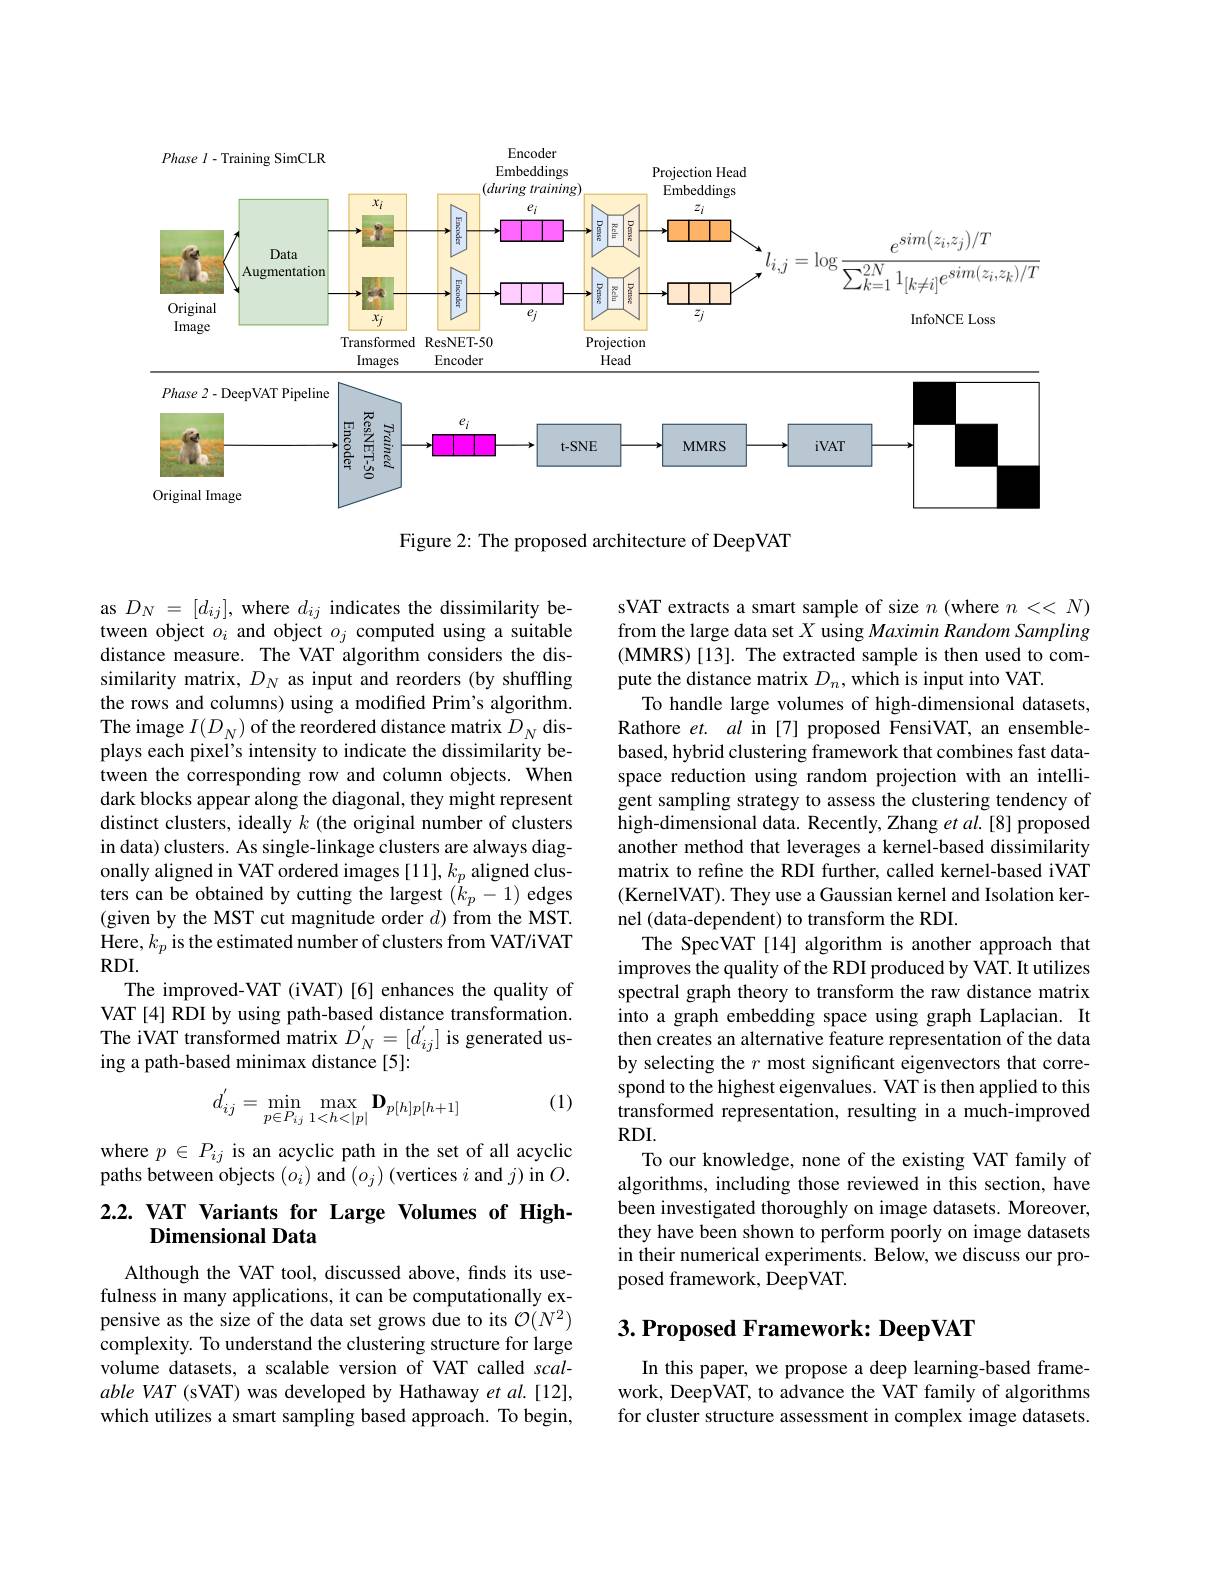
<FigureHere>

Figure 2: The proposed architecture of DeepVAT

as $D_N=[d_{ij}]$, where $d_ij$ indicates the dissimilarity between object $o_i$ and object $o_j$ computed using a suitable distance measure. The VAT algorithm considers the dissimilarity matrix, $D_N$ as input and reorders (by shuffling the rows and columns) using a modified Prim's algorithm. The image $I(D_N)$ of the reordered distance matrix $D_N$ displays each pixel's intensity to indicate the dissimilarity between the corresponding row and column objects. When dark blocks appear along the diagonal, they might represent distinct clusters, ideally $k$ (the original number of clusters in data) clusters. As single-linkage clusters are always diagonally aligned in VAT ordered images $[11],k_p$ aligned clusters can be obtained by cutting the largest $(k_p-1)$ edges (given by the MST cut magnitude order $d)$ from the MST. Here, $k_p$ is the estimated number of clusters from VAT/iVAT $RDI.$
The improved-VAT (iVAT)[6] enhances the quality of VAT [4] RDI by using path-based distance transformation. The iVAT transformed matrix $D_N^{'}=[d_{ij}^{'}]$ is generated using a path-based minimax distance[5]:

sVAT extracts a smart sample of size $n$ (where $n<<N)$ from the large data set $X$ using Maximin Random Sampling (MMRS) [13]. The extracted sample is then used to compute the distance matrix $D_n,\hat{\text{which is input into VAT}}.$
To handle large volumes of high-dimensional datasets, Rathore $et.$ $al$ in [7] proposed FensiVAT, an ensemblebased, hybrid clustering framework that combines fast dataspace reduction using random projection with an intelligent sampling strategy to assess the clustering tendency of $\tilde{\text{high-dimensional data. Recently, Zhang et }al.[8]}$ proposed another method that leverages a kernel-based dissimilarity matrix to refine the RDI further, called kernel-based iVAT (KernelVAT). They use a Gaussian kernel and Isolation kernel (data-dependent) to transform the RDI.
The SpecVAT[14] algorithm is another approach that improves the quality of the RDI produced by VAT. It utilizes spectral graph theory to transform the raw distance matrix into a graph embedding space using graph Laplacian. It then creates an alternative feature representation of the data by selecting the $r$ most significant eigenvectors that correspond to the highest eigenvalues. VAT is then applied to this transformed representation, resulting in a much-improved $RDI.$
To our knowledge, none of the existing VAT family of algorithms, including those reviewed in this section, have been investigated thoroughly on image datasets. Moreover, they have been shown to perform poorly on image datasets in their numerical experiments. Below, we discuss our proposed framework, DeepVAT.

(1)
$$d_{ij}^{'}=\min_{p\in P_{ij}}\max_{1<h<|p|}\mathbf{D}_{p[h]p[h+1]}$$
where $p\in P_{ij}$ is an acyclic path in the set of all acyclic paths between objects $(o_i)$ and $(o_j)$ (vertices $i$ and $j)$ in $O.$

# 2.2. VAT Variants for Large Volumes of HighDimensional Data

## $3. \textbf{ Proposed Framework: DeepVAT}$

Although the VAT tool, discussed above, finds its usefulness in many applications, it can be computationally expensive as the size of the data set grows due to its $\mathcal{O}(N^2)$ complexity. To understand the clustering structure for large volume datasets, a scalable version of VAT called scalable VAT (sVAT) was developed by Hathaway et al.[12], which utilizes a smart sampling based approach. To begin,

In this paper, we propose a deep learning-based framework, DeepVAT, to advance the VAT family of algorithms for cluster structure assessment in complex image datasets.